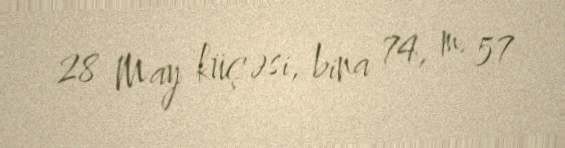
28 May küçəsi, bina 74, m. 57